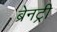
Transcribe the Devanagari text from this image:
ब्रेनट्री